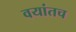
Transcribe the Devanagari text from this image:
वयांतच